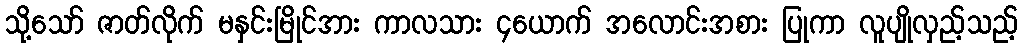
သို့သော် ဇာတ်လိုက် မနှင်းမြိုင်အား ကာလသား ၄ယောက် အလောင်းအစား ပြုကာ လူပျိုလှည့်သည့်